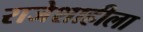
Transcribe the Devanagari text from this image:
राजेशाहीला